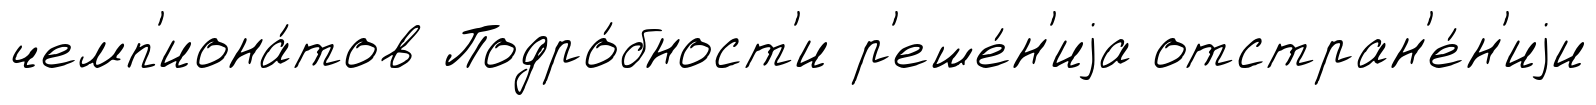
чемп'иона́тов Подро́бност'и р'еше́н'иjа отстран'е́н'иjи